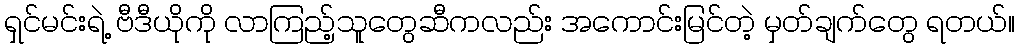
ရှင်မင်းရဲ့ ဗီဒီယိုကို လာကြည့်သူတွေဆီကလည်း အကောင်းမြင်တဲ့ မှတ်ချက်တွေ ရတယ်။